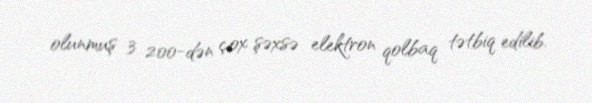
olunmuş 3 200-dən çox şəxsə elektron qolbaq tətbiq edilib.